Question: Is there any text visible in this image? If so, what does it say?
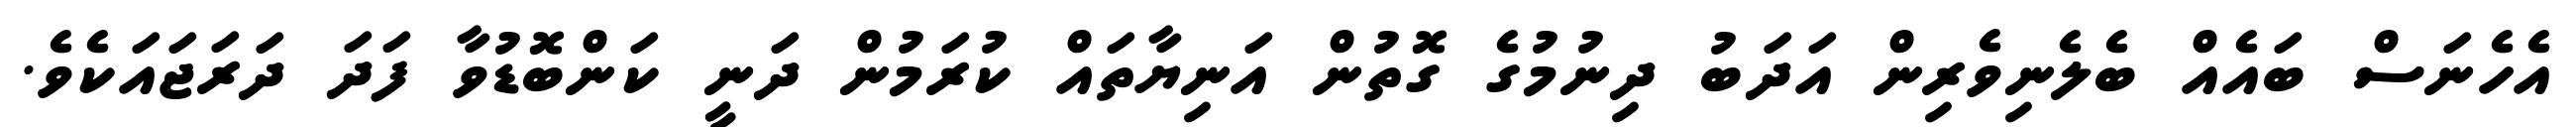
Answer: އެހެނަސް ބައެއް ބެލެނިވެރިން އަދަބު ދިނުމުގެ ގޮތުން އަނިޔާތައް ކުރަމުން ދަނީ ކަންބޮޑުވާ ފަދަ ދަރަޖައަކެވެ.